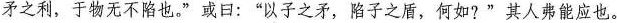
矛之利，于物无不陷也。”或日：”以子之矛，陷子之盾，何如?”其人弗能应也。